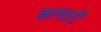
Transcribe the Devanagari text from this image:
कामाटी